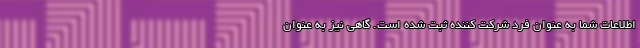
اطلاعات شما به عنوان فرد شرکت کننده ثبت شده است. گاهی نیز به عنوان